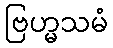
ဗြဟ္မသမံ